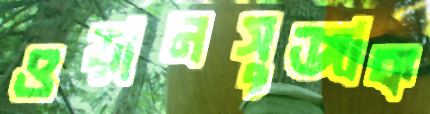
ওয়ানসুজাক